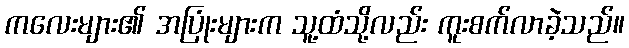
ကလေးများ၏ အပြုံးများက သူ့ထံသို့လည်း ကူးစက်လာခဲ့သည်။